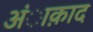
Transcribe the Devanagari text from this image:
अंाक़ाद